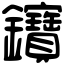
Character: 𨰰